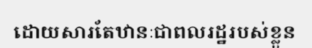
ដោយសារតែឋានៈជាពលរដ្ឋរបស់ខ្លួន